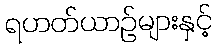
ရဟတ်ယာဉ်များနှင့်